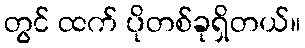
တွင် ထက် ပိုတစ်ခုရှိတယ်။